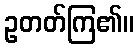
ဥတတ်ကြ၏။